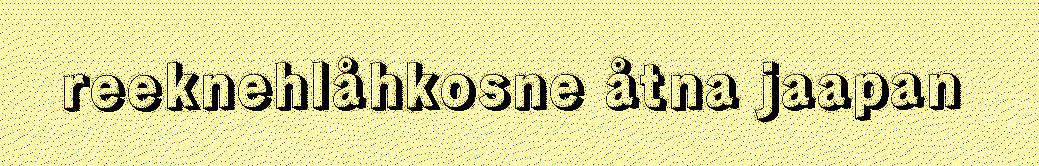
reeknehlåhkosne åtna jaapan